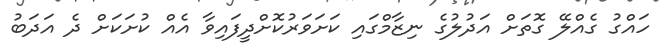
ހައްގު ގެއްލޭ ގޮތަށް އަދުލުގެ ނިޒާމްގައި ކަށަވަރުކޮށްދީފައިވާ އެއް ކުށަކަށް ދެ އަދަބު